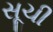
સૂચી